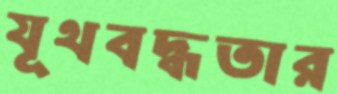
যূথবদ্ধতার